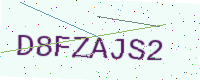
Text: D8FZAJS2